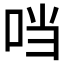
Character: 𪠽